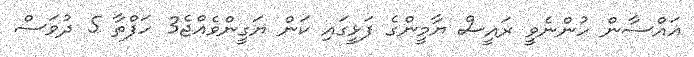
ޣައްސާން ހުންނެވީ ރައީސް ޔާމީންގެ ފަޅީގައި ކަން ޔަގީންވެއްޖެ3 ހަފްތާ 5 ދުވަސް